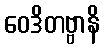
ဝေဒိတဗ္ဗာနိ